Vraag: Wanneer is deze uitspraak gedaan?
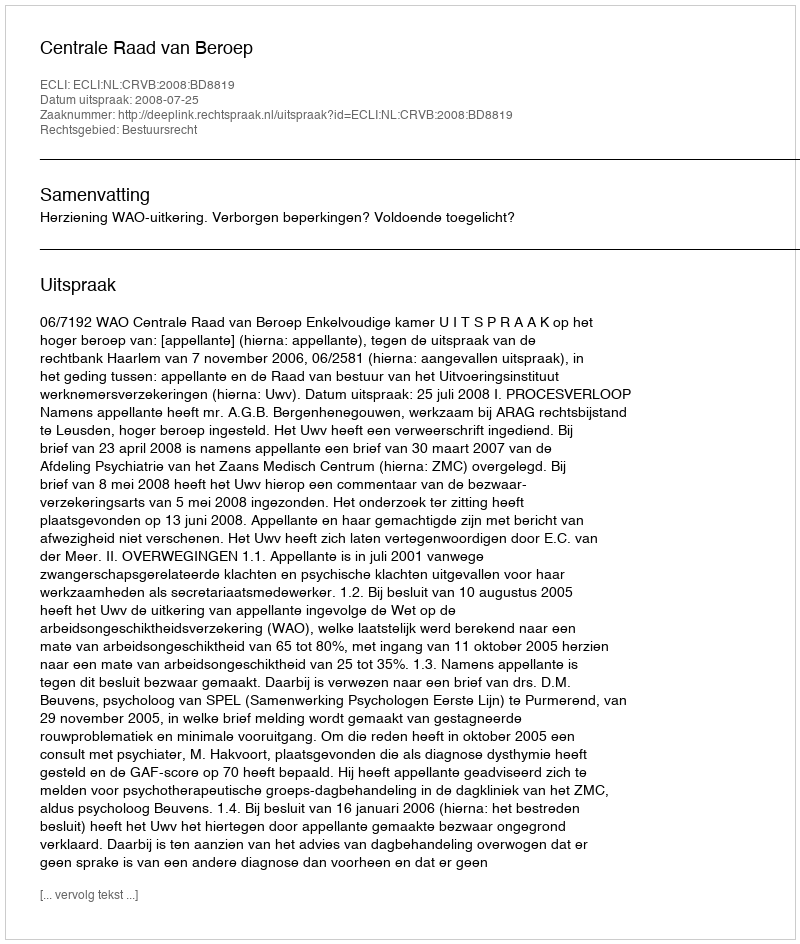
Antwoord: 2008-07-25